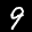
Label: 9